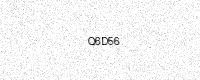
Text: Q6D56